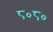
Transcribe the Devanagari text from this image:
८०८०